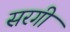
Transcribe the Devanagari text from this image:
सरगी